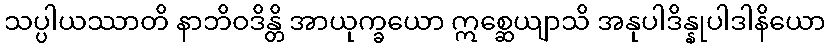
သပ္ပါယဿာတိ နာဘိဝဒိန္တိ အာယုက္ခယော ဣစ္ဆေယျာသိ အနုပါဒိန္နုပါဒါနိယော